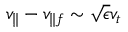
v _ { \parallel } - v _ { \parallel f } \sim \sqrt { \epsilon } v _ { t }